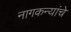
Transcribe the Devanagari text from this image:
नागकन्यांचे